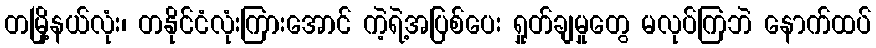
တမြို့နယ်လုံး၊ တနိုင်ငံလုံးကြားအောင် ကဲ့ရဲ့အပြစ်ပေး ရှုတ်ချမှုတွေ မလုပ်ကြဘဲ နောက်ထပ်